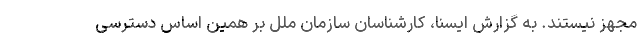
مجهز نیستند. به گزارش ایسنا، کارشناسان سازمان ملل بر همین اساس دسترسی